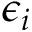
\epsilon _ { i }